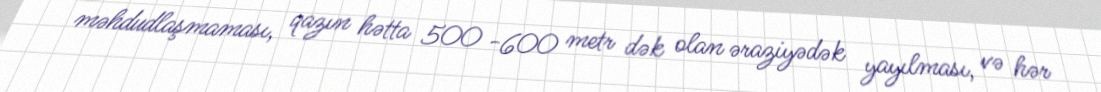
məhdudlaşmaması, qazın hətta 500 -600 metr dək olan əraziyədək yayılması, və hər